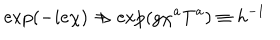
LaTeX: { \exp ( - i e \chi ) \Rightarrow \exp ( g \chi ^ { a } T ^ { a } ) \equiv h ^ { - 1 } }